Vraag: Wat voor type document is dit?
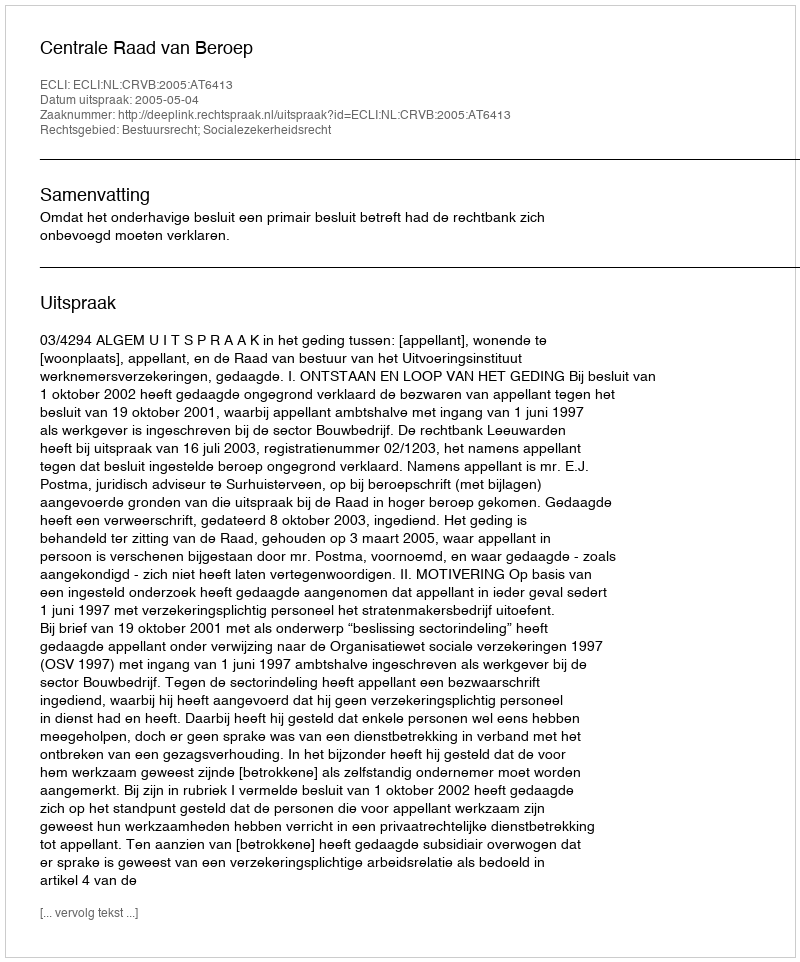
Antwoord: Uitspraak